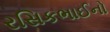
રસિકભાઈનો